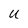
Character: U